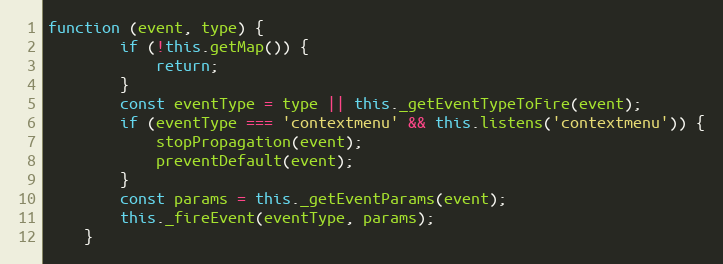
Language: JavaScript
function (event, type) {
        if (!this.getMap()) {
            return;
        }
        const eventType = type || this._getEventTypeToFire(event);
        if (eventType === 'contextmenu' && this.listens('contextmenu')) {
            stopPropagation(event);
            preventDefault(event);
        }
        const params = this._getEventParams(event);
        this._fireEvent(eventType, params);
    }